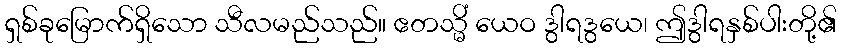
ရှစ်ခုမြောက်ရှိသော သီလမည်သည်။ ဧတသ္မိံ ယေဝ ဒွါရဒွယေ၊ ဤဒွါရနှစ်ပါးတို့၏